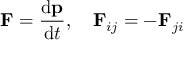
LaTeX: \mathbf { F } = { \frac { \mathrm { d } \mathbf { p } } { \mathrm { d } t } } , \quad \mathbf { F } _ { i j } = - \mathbf { F } _ { j i }